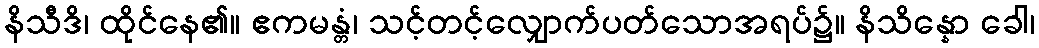
နိသီဒိ၊ ထိုင်နေ၏။ ဧကမန္တံ၊ သင့်တင့်လျှောက်ပတ်သောအရပ်၌။ နိသိန္နော ခေါ၊